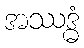
အဿဒ္ဓံ